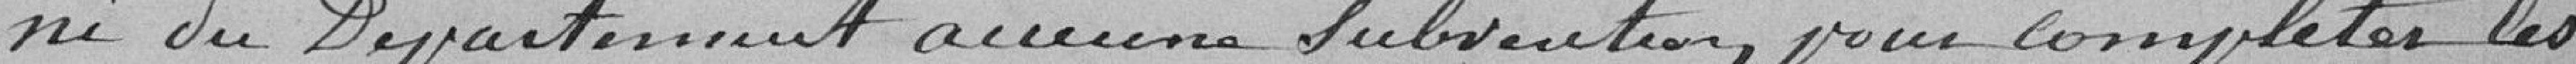
ni le Département, aucune subvention pour compléter les